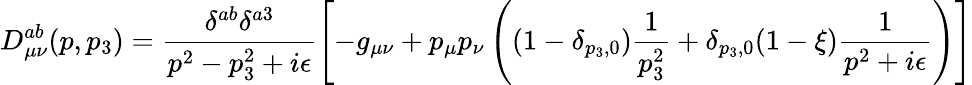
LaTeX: D_{\mu\nu}^{ab}(p,p_{3})=\frac{\delta^{ab}\delta^{a3}}{p^{2}-p_{3}^{2}+i\epsilon}\left[-g_{\mu\nu}+p_{\mu}p_{\nu}\left((1-\delta_{p_{3},0})\frac{1}{p_{3}^{2}}+\delta_{p_{3},0}(1-\xi)\frac{1}{p^{2}+i\epsilon}\right)\right]